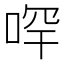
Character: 𠳾